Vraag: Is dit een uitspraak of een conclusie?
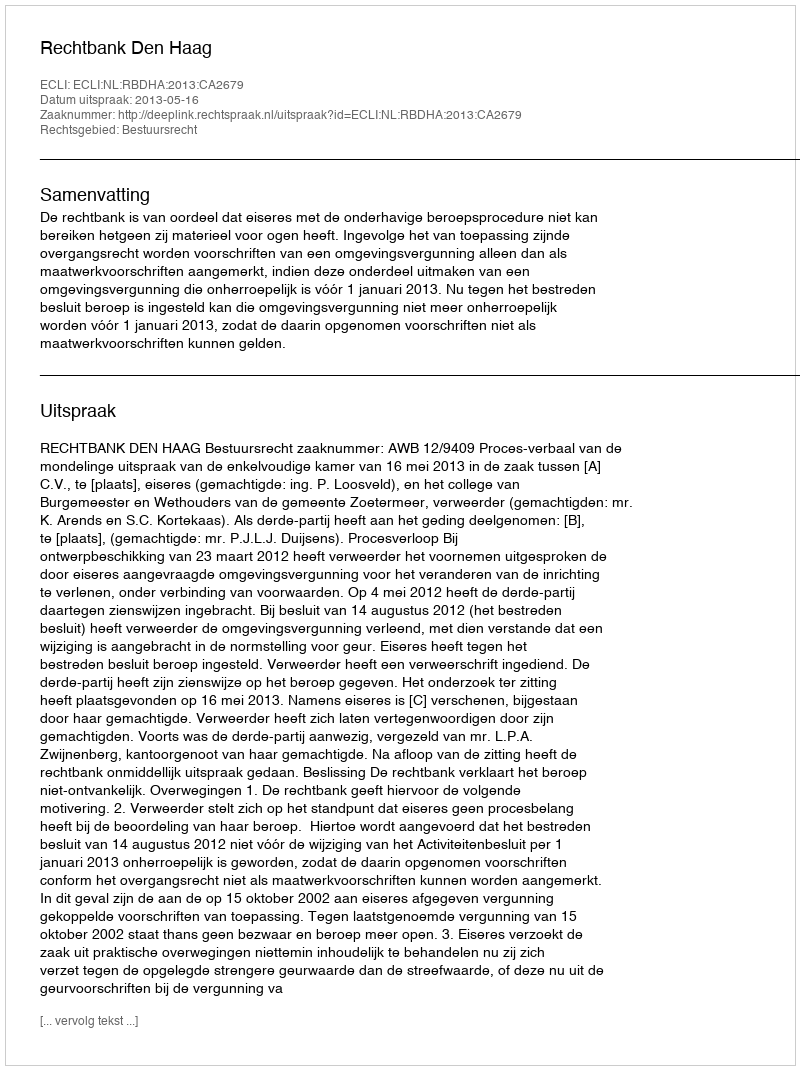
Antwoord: Uitspraak